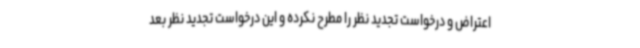
اعتراض و درخواست تجدید نظر را مطرح نکرده و این درخواست تجدید نظر بعد